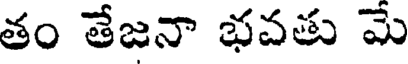
తం తేజనా భవతు మే